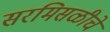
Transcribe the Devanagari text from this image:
सरमिसळीचे